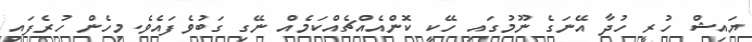
ޔައިޝް ހުރީ ހުދާ އޭނަގެ ނޫމުގައި ހޭކީ ކޮންއެއްޗެއްކަމެއް ނޭގި ގަބުވެފައެވެ.މިހެން ހުރެފައި